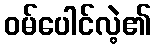
ဝမ်ပေါင်လဲ့၏